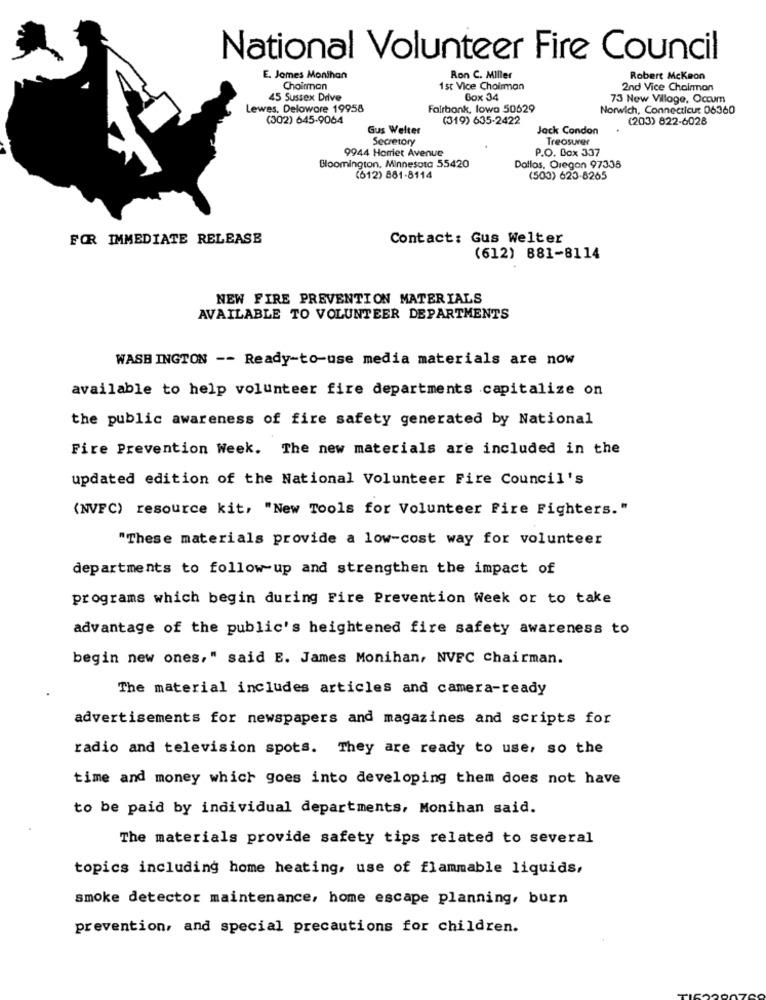
National Volunteer Fire Council
E. James Monihan
Ron C. Miller
Robert Mckeon
Chairman
1 st Vice Chairman
2nd Vice Chairman
45 Sussex Drive
Gox 34
73 New Village, Occum
Lewes, Delowore 19958
Fairbank, lowa 50629
Norwich, Connecticut 06360
(302) 645-9064
(319) 635-2422
(203) 822-6028
Gus Welter
Jack Condon
Secretory
Treasurer
P.O. Box 337
9944 Horriet Avenue
Bloomington, Minnesota 55420
Dallas, Oregon 97335
(612) 881-8114
(500) 623-8265
FOR IMMEDIATE RELEASE
Contact: Gus Welter
(612) 881-8114
NEW FIRE PREVENTION MATERIALS
AVAILABLE TO VOLUNTEER DEPARTMENTS
WASHINGTON -- Ready-to-use media materials are now
available to help volunteer fire departments capitalize on
the public awareness of fire safety generated by National
Fire Prevention Week. The new materials are included in the
updated edition of the National Volunteer Fire Council's
(NVFC) resource kit, "New Tools for Volunteer Fire Fighters."
"These materials provide a low-cost way for volunteer
departments to follow-up and strengthen the impact of
programs which begin during Fire Prevention Week or to take
advantage of the public's heightened fire safety awareness to
begin new ones," said E. James Monihan, NVFC Chairman.
The material includes articles and camera-ready
advertisements for newspapers and magazines and scripts for
radio and television spots. They are ready to use, so the
time and money which goes into developing them does not have
to be paid by individual departments, Monihan said.
The materials provide safety tips related to several
topics including home heating, use of flammable liquids,
smoke detector maintenance, home escape planning, burn
prevention, and special precautions for children.